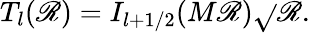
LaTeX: T_{l}(\mathscr{R})=I_{l+1/2}(M\mathscr{R})\sqrt{}{{\mathscr{R}}}.